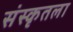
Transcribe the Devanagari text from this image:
संस्कृतला